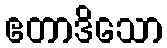
ဧတာဒိသော